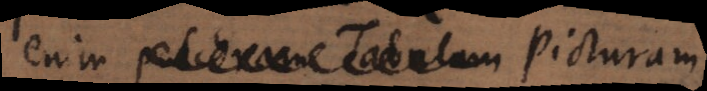
enim pulchram Tabulam Picturam